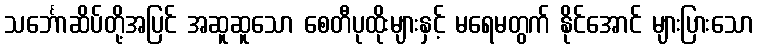
သင်္ဘောဆိပ်တို့အပြင် အဆူဆူသော စေတီပုထိုးများနှင့် မရေမတွက် နိုင်အောင် များပြားသော